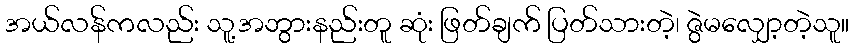
အယ်လန်ကလည်း သူ့အဘွားနည်းတူ ဆုံး ဖြတ်ချက် ပြတ်သားတဲ့၊ ဇွဲမလျှော့တဲ့သူ။